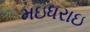
મઇધરાઇ